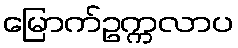
မြောက်ဥက္ကလာပ